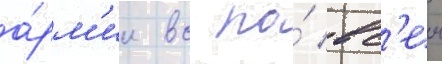
а́рм'ии вс по́ вс'еи